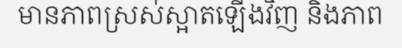
មានភាពស្រស់ស្អាតឡើងវិញ និងភាព